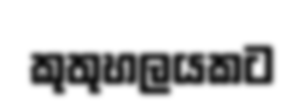
කුතුහලයකට